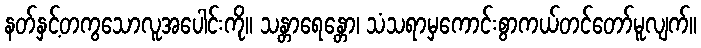
နတ်နှင့်တကွသောလူအပေါင်းကို။ သန္တာရေန္တော၊ သံသရာမှကောင်းစွာကယ်တင်တော်မူလျက်။